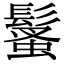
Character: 𩮚